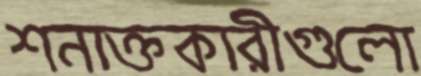
শনাক্তকারীগুলো